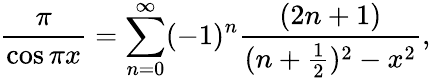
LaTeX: {\frac{\pi}{\cos\pi x}}=\sum_{n=0}^{\infty}(-1)^{n}{\frac{(2n+1)}{(n+{\frac{1}{2}})^{2}-x^{2}}},